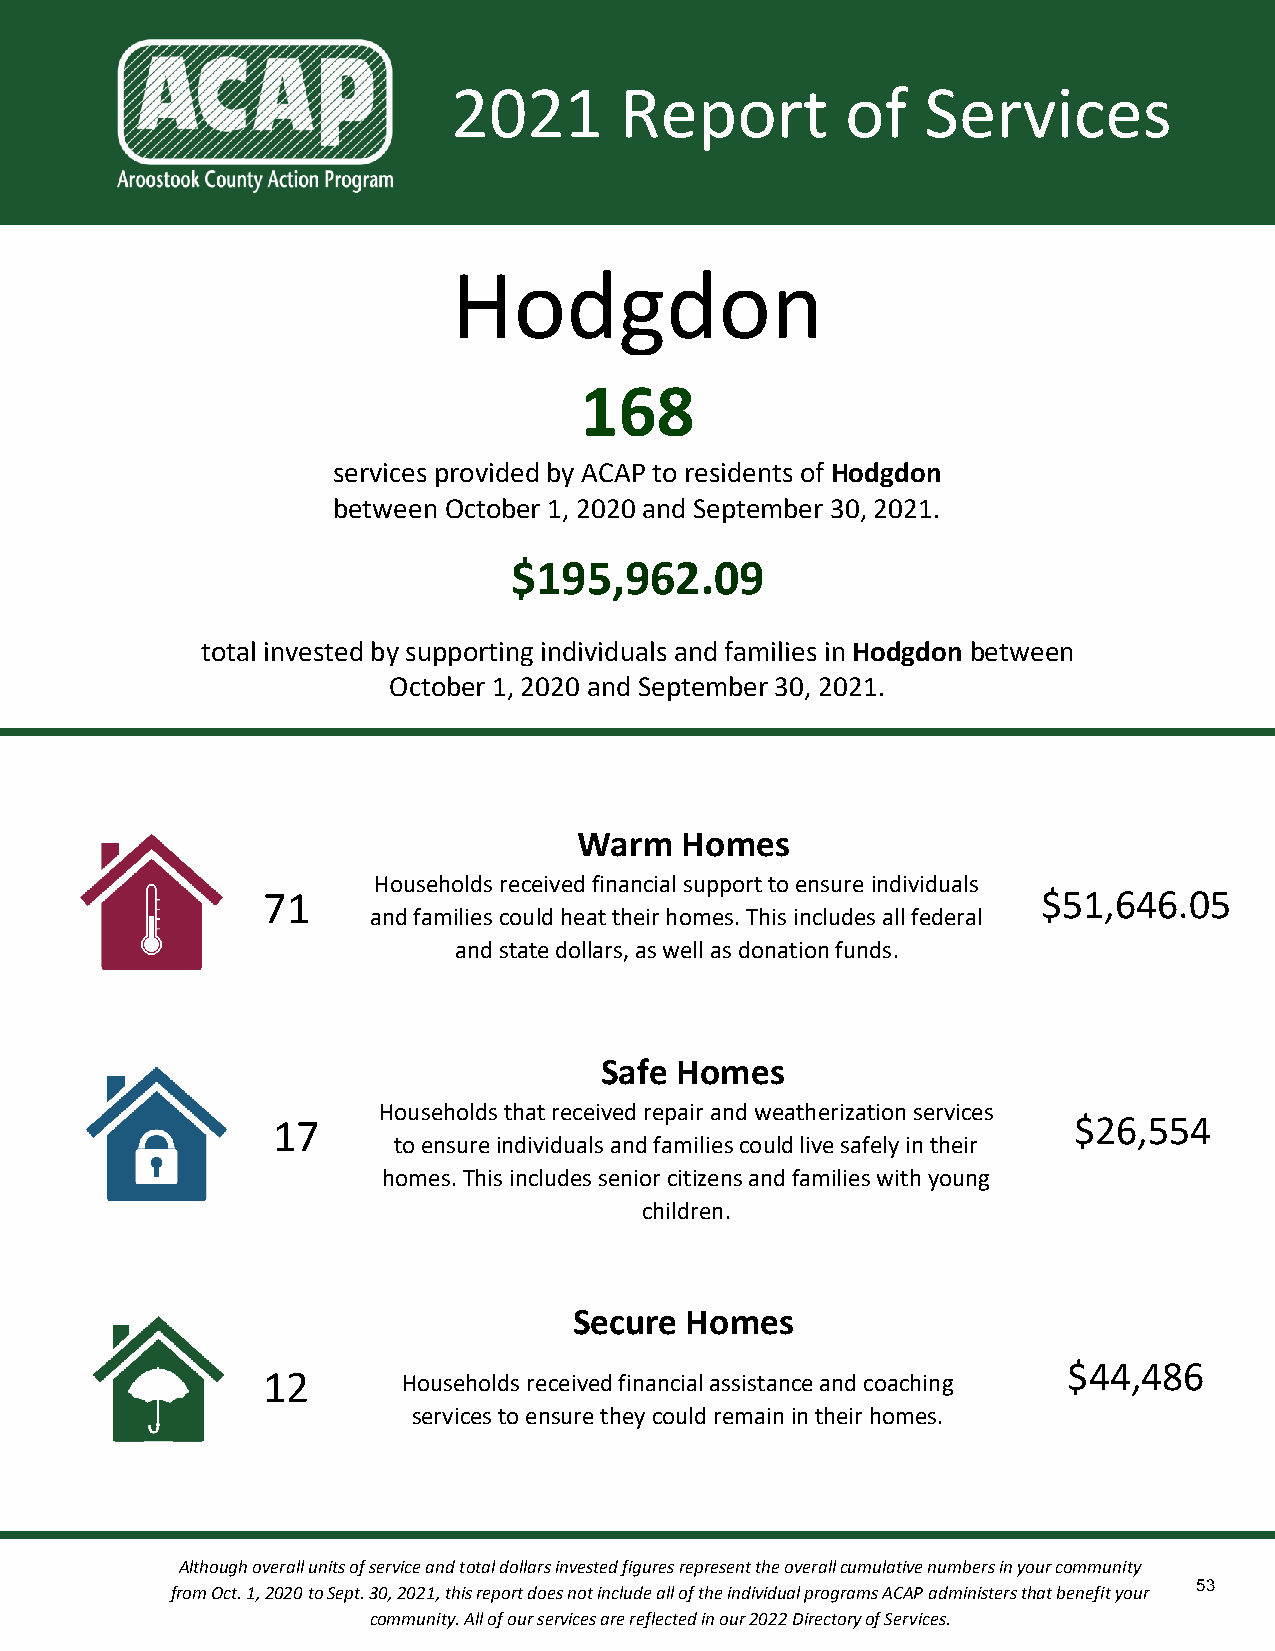
2021       Report         of   Services
 Hodgdon
 168
 services provided by ACAP to residents of Hodgdon
 between October 1, 2020 and September 30, 2021.
 $195,962.09
 total invested by supporting individuals and families in Hodgdon between
 October 1, 2020 and September 30, 2021.
 Warm   Homes
 Households received financial support to ensure individuals
 71                                                  $51,646.05
 and families could heat their homes. This includes all federal
 and state dollars, as well as donation funds.
 Safe Homes
 Households that received repair and weatherization services
 17                                                   $26,554
 to ensure individuals and families could live safely in their
 homes. This includes senior citizens and families with young
 children.
 Secure Homes
 $44,486
 12        Households received financial assistance and coaching
 services to ensure they could remain in their homes.
 Although overall units of service and total dollars invested figures represent the overall cumulative numbers in your community
 53
 from Oct. 1, 2020 to Sept. 30, 2021, this report does not include all of the individual programs ACAP administers that benefit your
 community. All of our services are reflected in our 2022 Directory of Services.